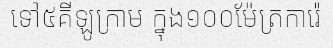
ទៅ៥គីឡូក្រាម ក្នុង១០០ម៉ែត្រការ៉េ